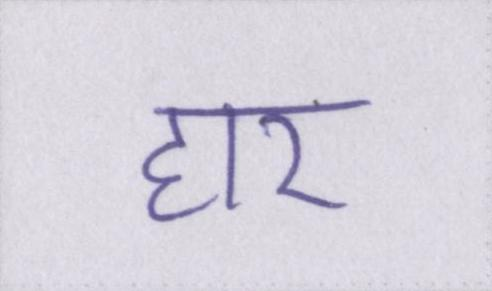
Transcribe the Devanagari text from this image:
हार